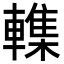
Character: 𮝨